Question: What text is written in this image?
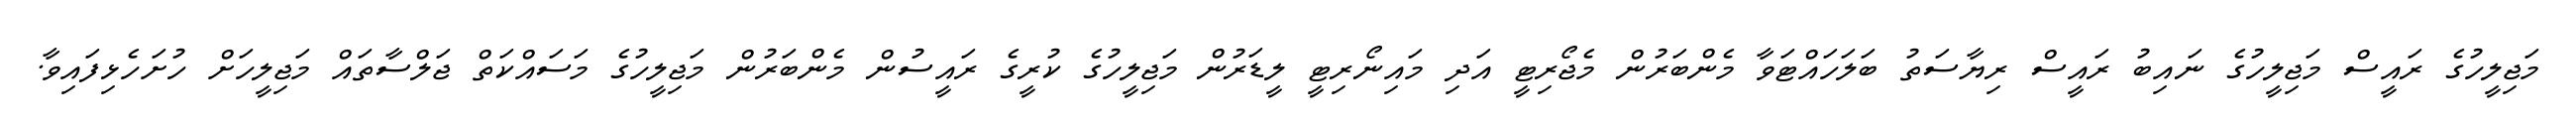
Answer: މަޖިލީހުގެ ރައީސް މަޖިލީހުގެ ނައިބު ރައީސް ރިޔާސަތު ބަލަހައްޓަވާ މެންބަރުން މެޖޯރިޓީ އަދި މައިނޯރިޓީ ލީޑަރުން މަޖިލީހުގެ ކުރީގެ ރައީސުން މެންބަރުން މަޖިލީހުގެ މަސައްކަތް ޖަލްސާތައް މަޖިލީހަށް ހުށަހެޅިފައިވާ.